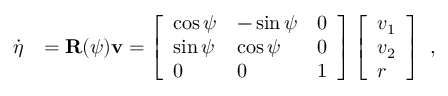
\begin{array} { r l } { \dot { \boldsymbol { \eta } } } & { = \mathbf { R } ( \psi ) \mathbf { v } = \left[ \begin{array} { l l l } { \cos { \psi } } & { - \sin { \psi } } & { 0 } \\ { \sin { \psi } } & { \cos { \psi } } & { 0 } \\ { 0 } & { 0 } & { 1 } \end{array} \right] \left[ \begin{array} { l } { v _ { 1 } } \\ { v _ { 2 } } \\ { r } \end{array} \right] } \end{array} ,